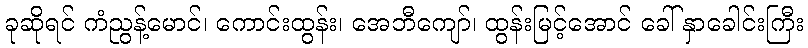
ခုဆိုရင် ကံညွန့်မောင်၊ ကောင်းထွန်း၊ အေဘီကျော်၊ ထွန်းမြင့်အောင် ခေါ် နှာခေါင်းကြီး